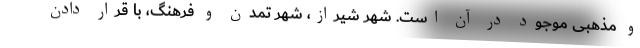
و مذهبی موجود در آن است. شهر شیراز، شهر تمدن و فرهنگ، با قرار دادن